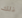
ذلك